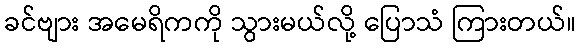
ခင်ဗျား အမေရိကကို သွားမယ်လို့ ပြောသံ ကြားတယ်။